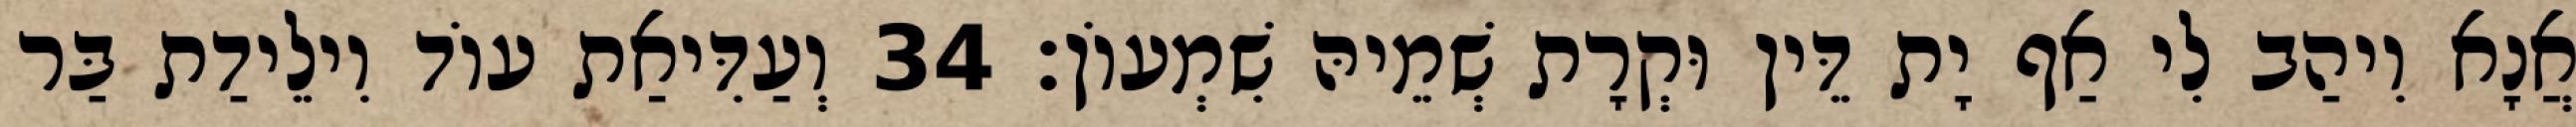
אֲנָא וִיהַב לִי אַף יָת דֵּין וּקְרָת שְׁמֵיהּ שִׁמְעוֹן׃ 34 וְעַדִּיאַת עוֹד וִילֵידַת בַּר